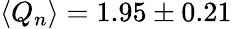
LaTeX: \langle Q_{n}\rangle=1.95\pm 0.21